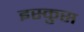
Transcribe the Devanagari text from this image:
इस्कुस